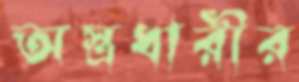
অস্ত্রধারীর